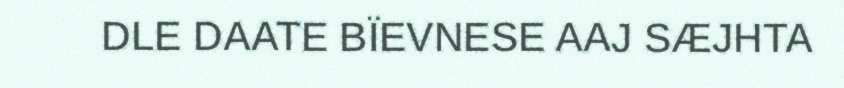
DLE DAATE BÏEVNESE AAJ SÆJHTA